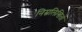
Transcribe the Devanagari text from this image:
निम्नलिखितों